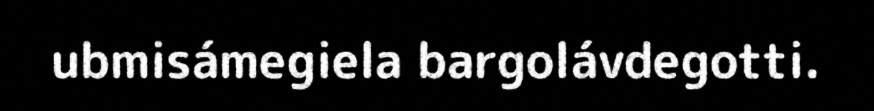
ubmisámegiela bargolávdegotti.